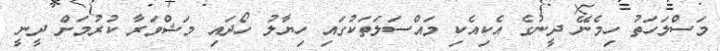
މަސްލަހަތު ހިމެނޭ ދީނުގެ އެކިއެކި މައްސަލަތަކުގައި ހިޔާލު ހޯދައި މަޝްވަރާ ކުރުމަށް ދީނީ